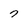
Character: 7